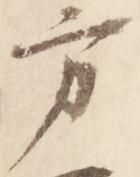
方